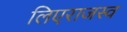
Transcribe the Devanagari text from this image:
लिएराजस्व